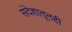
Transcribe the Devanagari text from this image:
संदेशातूनही